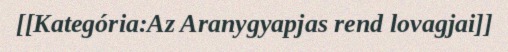
[[Kategória:Az Aranygyapjas rend lovagjai]]